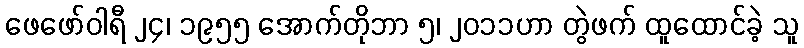
ဖေဖော်ဝါရီ ၂၄၊ ၁၉၅၅ အောက်တိုဘာ ၅၊ ၂၀၁၁ဟာ တွဲဖက် ထူထောင်ခဲ့ သူ